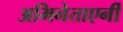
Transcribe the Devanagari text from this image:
अभिनेताएर्नी